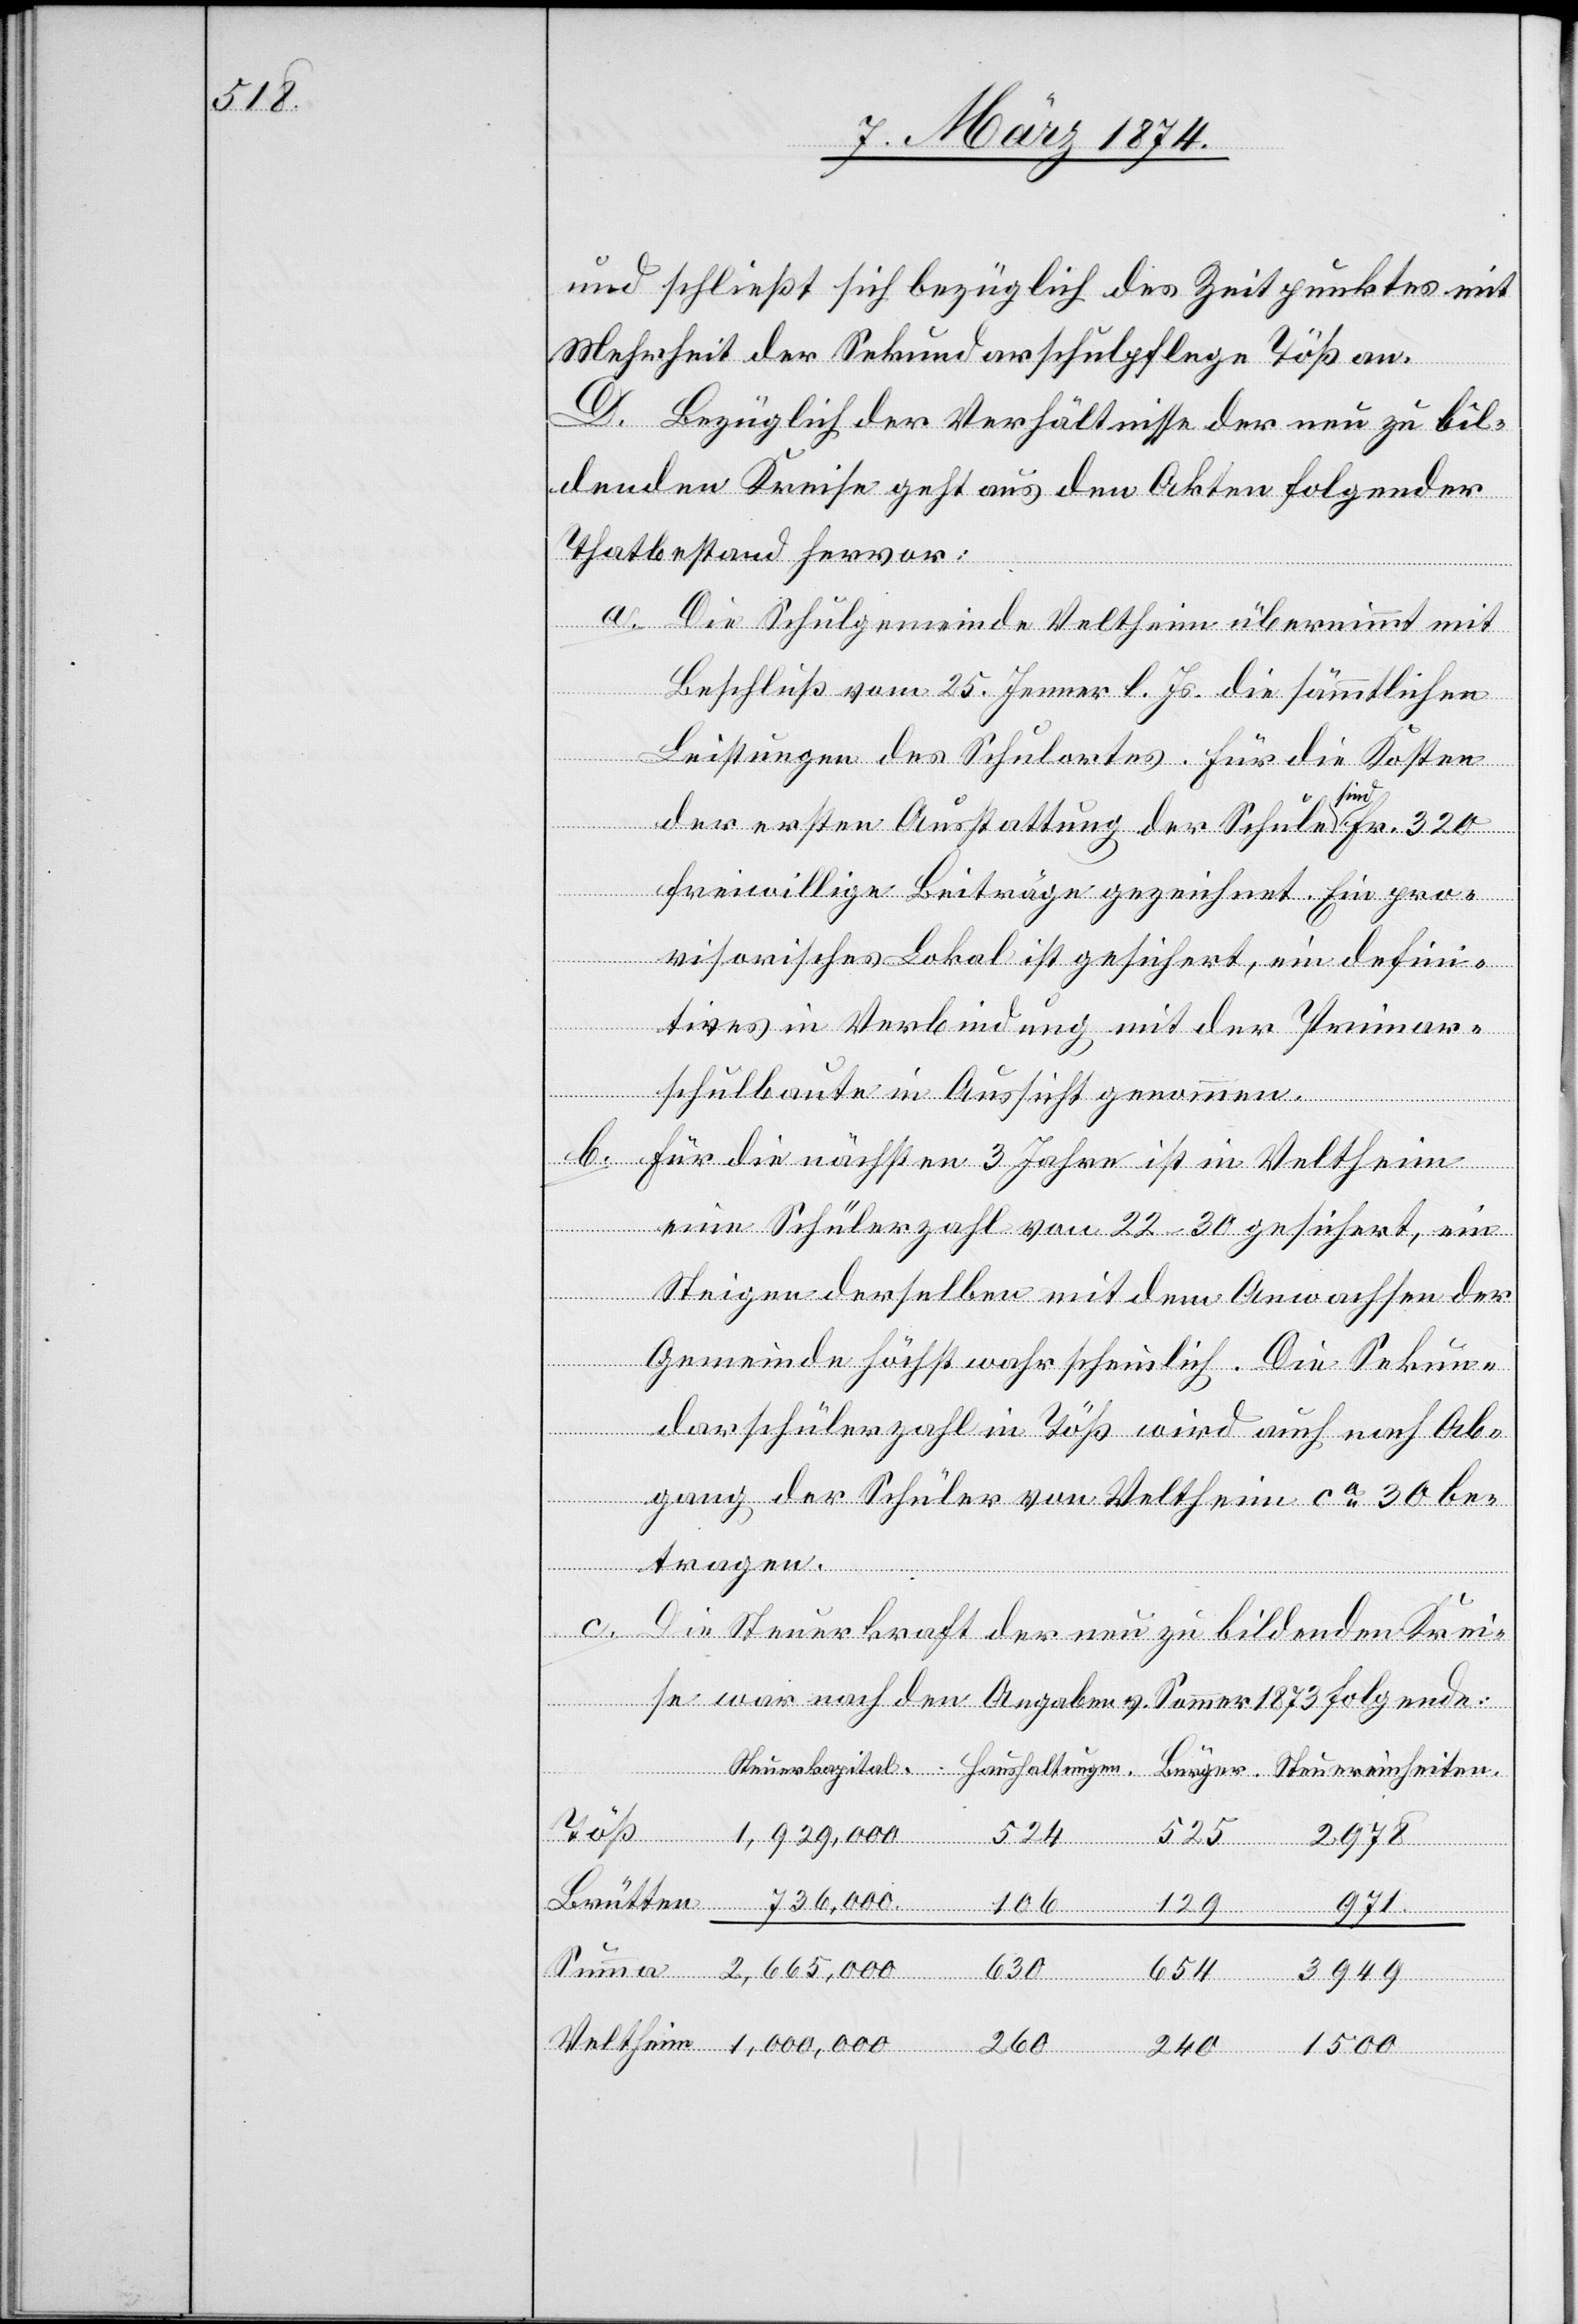
240

und schließt sich bezüglich des Zeitpunktes mit
Mehrheit der Sekundarschulpflege Töß an.
D. Bezüglich der Verhältnisse der neu zu bil¬
denden Kreise geht aus den Akten folgender
Thatbestand hervor:
a. Die Schulgemeinde Veltheim übernimmt mit
Beschluß vom 25. Jenner l. Js. die sämmtlichen
Leistungen des Schulortes. Für die Kosten
der ersten Ausstattung der Schule sind Fr. 320
freiwillige Beiträge gezeichnet. Ein pro¬
visorisches Lokal ist gesichert, ein defini¬
tives in Verbindung mit der Primar¬
schulbaute in Aussicht genommen.
b. Für die nächsten 3 Jahre ist in Veltheim
eine Schülerzahl von 22–20 gesichert, ein
Steigen derselben mit dem Anwachsen der
Gemeinde höchst wahrscheinlich. Die Sekun¬
darschülerzahl in Töß wird auch nach Ab¬
gang der Schüler von Veltheim ca 30 be¬
tragen.
Bürger.
c. Die Steuerkraft der neu zu bildenden Krei¬
se war nach den Angaben v. Sommer 1873 folgende:
ltungen.
Brütten 763,000 106
129 971
630
3949
654
Steuereinheiten.
1500